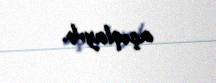
açıqlayıb.